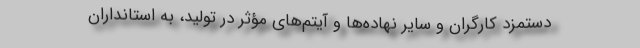
دستمزد کارگران و سایر نهاده‌ها و آیتم‌های مؤثر در تولید، به استانداران